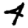
Digit: 4